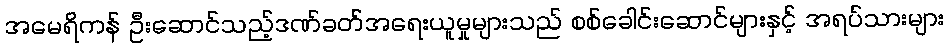
အမေရိကန် ဦးဆောင်သည့်ဒဏ်ခတ်အရေးယူမှုများသည် စစ်ခေါင်းဆောင်များနှင့် အရပ်သားများ